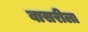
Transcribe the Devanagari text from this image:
बासरीला